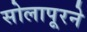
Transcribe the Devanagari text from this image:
सोलापूरने